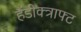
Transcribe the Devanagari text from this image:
हैंडीक्त्राफ्ट